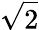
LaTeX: \sqrt{2}